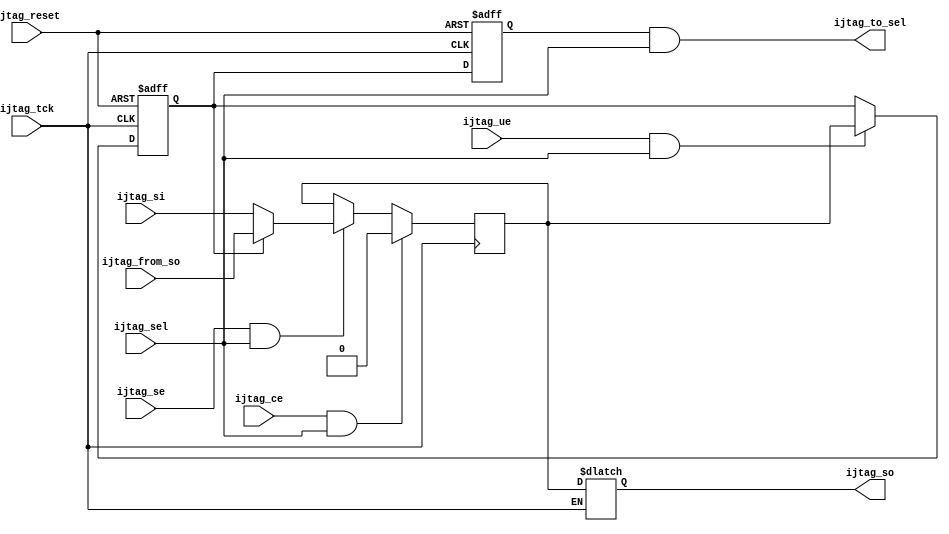
//--------------------------------------------------------------------------
//
//  Unpublished work. Copyright 2022 Siemens
//
//  This material contains trade secrets or otherwise confidential 
//  information owned by Siemens Industry Software Inc. or its affiliates 
//  (collectively, SISW), or its licensors. Access to and use of this 
//  information is strictly limited as set forth in the Customer's 
//  applicable agreements with SISW.
//
//--------------------------------------------------------------------------
//  File created by: Tessent Shell
//          Version: 2022.4
//--------------------------------------------------------------------------

module firebird7_in_gate2_tessent_sib_occ (
   input  wire         ijtag_reset,
   input  wire         ijtag_sel,
   input  wire         ijtag_si,
   input  wire         ijtag_ce,
   input  wire         ijtag_se,
   input  wire         ijtag_ue,
   input  wire         ijtag_tck,
   output wire         ijtag_so,
   input  wire         ijtag_from_so,
   output wire         ijtag_to_sel
);
   reg            sib;
   reg            sib_latch;
   reg            retiming_so;
   reg            to_enable_int;
 
   assign ijtag_to_sel = to_enable_int & ijtag_sel;
   always @ (negedge ijtag_tck or negedge ijtag_reset) begin
      if (~ijtag_reset) begin
         sib_latch     <= 1'b0;
      end else if (ijtag_ue & ijtag_sel) begin
         sib_latch     <= sib;
      end
   end
   always @ (negedge ijtag_tck or negedge ijtag_reset) begin
      if (~ijtag_reset) begin
         to_enable_int <= 1'b0;
      end else  begin
         to_enable_int <= sib_latch;
      end
   end
 
   assign ijtag_so = retiming_so;
    always @ (ijtag_tck or sib) begin
      if (~ijtag_tck) begin
         retiming_so     <= sib;
      end
   end
 
   always @ (posedge ijtag_tck) begin
      if (ijtag_ce & ijtag_sel) begin
         sib <= 1'b0;
      end else if (ijtag_se & ijtag_sel) begin
         if (sib_latch) begin
            sib <= ijtag_from_so;
         end else begin
            sib <= ijtag_si;
         end
      end
   end
 
endmodule